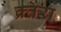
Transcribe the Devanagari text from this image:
क्र्तेरा